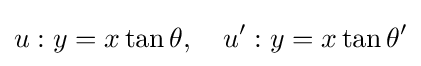
u:y=x\tan \theta ,\quad u':y=x\tan \theta '